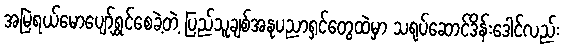
အမြဲရယ်မောပျော်ရွှင်စေခဲ့တဲ့ ပြည်သူချစ်အနုပညာရှင်တွေထဲမှာ သရုပ်ဆောင်ဒိန်းဒေါင်လည်း